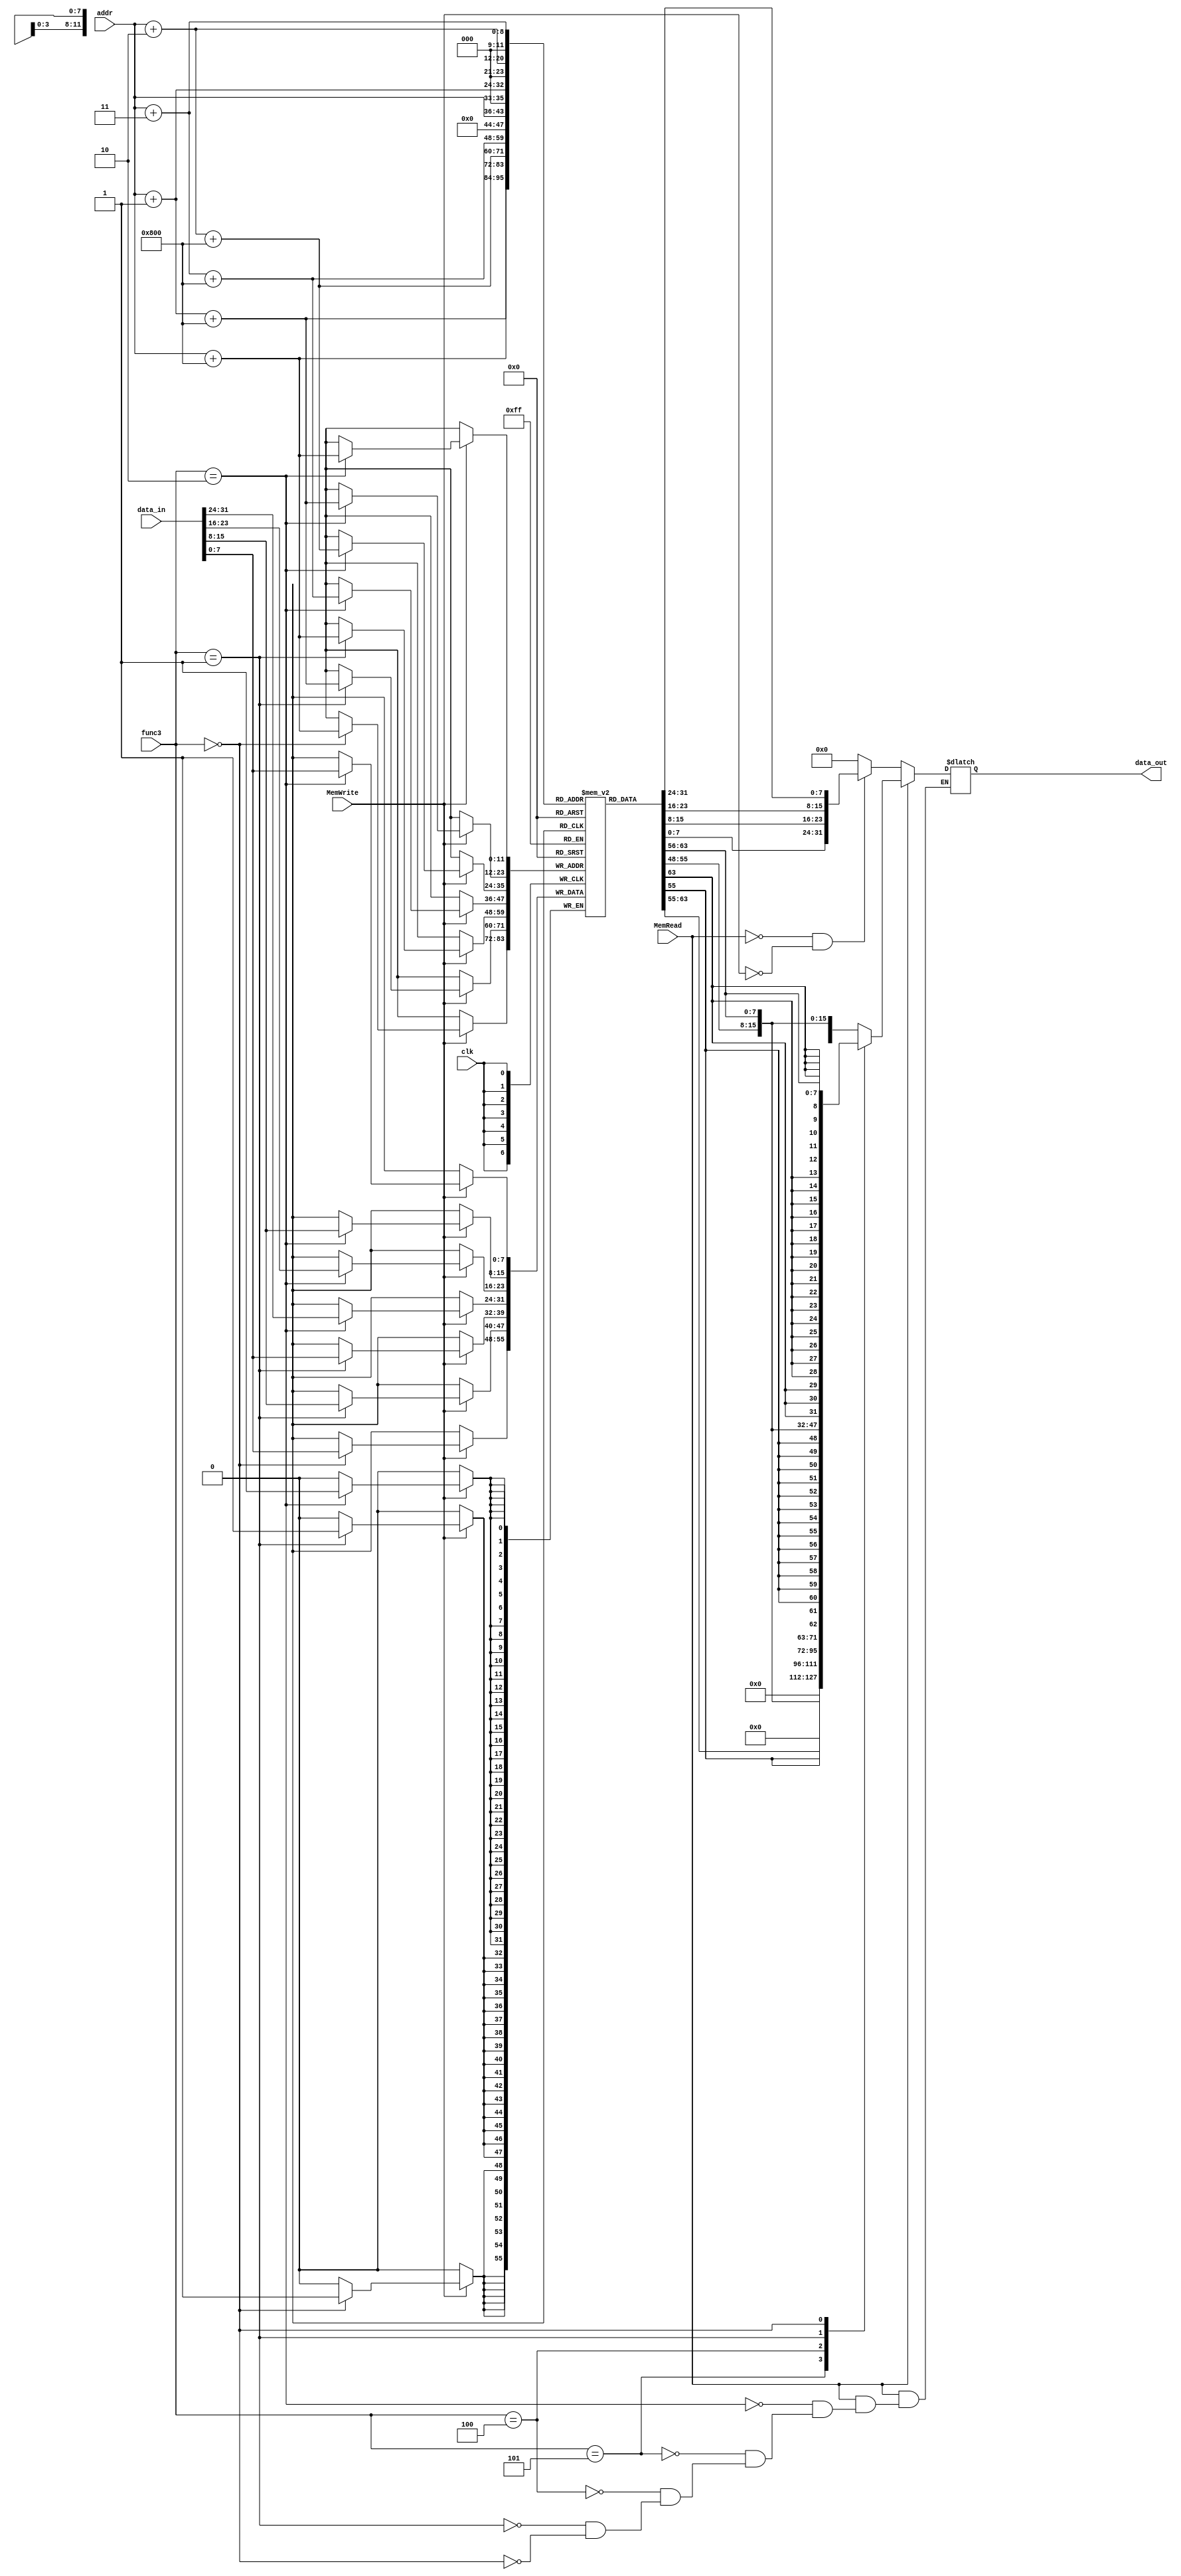
`timescale 1ns / 1ps
//////////////////////////////////////////////////////////////////////////////////
// Company: 
// Engineer: 
// 
// Design Name: 
// Module Name: Data_Memory
// Project Name: 
// Target Devices: 
// Tool Versions: 
// Description: 
// 
// Dependencies: 
// 
// Revision:
// Revision 0.01 - File Created
// Additional Comments:
// 
//////////////////////////////////////////////////////////////////////////////////


module Data_Memory (input clk, input MemRead, input MemWrite, input [7:0] addr, input [31:0] data_in, output reg [31:0] data_out , input [2:0] func3 );
    reg [7:0] mem [0:4095];
    integer i;
    initial begin
        for(i = 0; i < 4095; i = i +1)
            begin
                mem[i] = 32'd0;
            end
//            $readmemh("C:/Users/AUC/OneDrive/Desktop/MS3_Code/project_1.srcs/sources_1/new/test_instructions.hex",mem);
//            $readmemh("C:/Users/AUC/OneDrive/Desktop/MS3_Code/project_1.srcs/sources_1/new/test_data_data.hex",mem,2048);

        //         test 1 data
//         {mem[2051], mem[2050], mem[2049], mem[2048]}=32'd17;
//         {mem[2055], mem[2054], mem[2053], mem[2052]} =32'd9;
//         {mem[2059], mem[2058], mem[2057], mem[2056]}=32'd25;
        
////         test 1 instructions
//         {mem[3], mem[2], mem[1], mem[0]}=    32'b0000000_00000_00000_000_00000_0110011 ; //add x0, x0, x0//added to be skipped since PC starts with 4 after reset 
//         {mem[7], mem[6], mem[5], mem[4]}=    32'b000000000000_00000_010_00001_0000011 ; //lw x1, 0(x0) 
//         {mem[11], mem[10], mem[9], mem[8]}=  32'b000000000100_00000_010_00010_0000011 ; //lw x2, 4(x0) 
//         {mem[15], mem[14], mem[13], mem[12]}=32'b000000001000_00000_010_00011_0000011 ; //lw x3, 8(x0) 
//         {mem[19], mem[18], mem[17], mem[16]}=32'b0000000_00010_00001_110_00100_0110011 ; //or x4, x1, x2 
//         {mem[23], mem[22], mem[21], mem[20]}=32'b00000000001100100000010001100011      ; //beq x4, x3, 8
//         {mem[27], mem[26], mem[25], mem[24]}=32'b0000000_00010_00001_000_00011_0110011 ; //add x3, x1, x2 
//         {mem[31], mem[30], mem[29], mem[28]}=32'b0000000_00010_00011_000_00101_0110011 ; //add x5, x3, x2 
//         {mem[35], mem[34], mem[33], mem[32]}=32'b0000000_00101_00000_010_01100_0100011; //sw x5, 12(x0)
//         {mem[39], mem[38], mem[37], mem[36]}=32'b000000001100_00000_010_00110_0000011 ; //lw x6, 12(x0)
//         {mem[43], mem[42], mem[41], mem[40]}=32'b0000000_00001_00110_111_00111_0110011 ; //and x7, x6, x1  
//         {mem[47], mem[46], mem[45], mem[44]}=32'b0100000_00010_00001_000_01000_0110011 ; //sub x8, x1, x2 
//         {mem[51], mem[50], mem[49], mem[48]}=32'b0000000_00010_00001_000_00000_0110011 ; //add x0, x1, x2 
//         {mem[55], mem[54], mem[53], mem[52]}=32'b0000000_00001_00000_000_01001_0110011 ; //add x9, x0, x1

        // test 2 instructions
        //  {mem[3], mem[2], mem[1], mem[0]}=32'b00000000000000001001010100010111; // auipc x10, 9
        //  {mem[7], mem[6], mem[5], mem[4]}=32'b00000000000000001001010010110111; // lui x9, 9 
        //  {mem[11], mem[10], mem[9], mem[8]}=32'b00000000010001010000010110010011; // addi x11, x10, 4
        //  {mem[15], mem[14], mem[13], mem[12]}=32'b00000000000001010000011000110011; //add x12, x10, x0 
        //  {mem[19], mem[18], mem[17], mem[16]}=32'b00000000100000000000000011101111; //jal ra,8
        //  {mem[23], mem[22], mem[21], mem[20]}=32'b00000000000100000000000001110011; // ebreak 
        //  {mem[27], mem[26], mem[25], mem[24]}=32'b00001000101101010000110001100011; //beq x10, x11, 152
        //  {mem[31], mem[30], mem[29], mem[28]}=32'b00000000101101010001010001100011 ;//bne x10, x11, 8
        //  {mem[35], mem[34], mem[33], mem[32]}=32'b00000000000000000000000001110011; // ecall 
        //  {mem[39], mem[38], mem[37], mem[36]}=32'b00000011001000000000001100010011; //addi x6, x0, 50
        //  {mem[43], mem[42], mem[41], mem[40]}=32'b00000000001000110001001100010011; //slli x6, x6, 2
        //  {mem[47], mem[46], mem[45], mem[44]}=32'b00000000001000000000001110010011 ; //addi x7, x0, 2
        //  {mem[51], mem[50], mem[49], mem[48]}=32'b00000000011100000000000000100011;//sb x7, 0(x0) 
        //  {mem[55], mem[54], mem[53], mem[52]}=32'b00000000101000000001000000100011; //sh x10, 0(x0)
        //  {mem[59], mem[58], mem[57], mem[56]}=32'b00000000101000000010000000100011; // sw x10, 0(x0)
        //  {mem[63], mem[62], mem[61], mem[60]}=32'b00000000000000000000111000000011; // lb x28, 0(x0)
        //  {mem[67], mem[66], mem[65], mem[64]}=32'b00000000000000000001111010000011;//lh x29, 0(x0)
        //  {mem[71], mem[70], mem[69], mem[68]}=32'b00000000000000000010111100000011; //lw x30, 0(x0)
        //  {mem[75], mem[74], mem[73], mem[72]}=32'b00000000000000000100111110000011; //lbu x31, 0(x0)
        //  {mem[79], mem[78], mem[77], mem[76]}=32'b00000000000000000101001100000011; //lhu x6, 0(x0)
        //  {mem[83], mem[82], mem[81], mem[80]}=32'b00000110101101100101000001100011; // bge x12, x11, 96
        //  {mem[87], mem[86], mem[85], mem[84]}=32'b00000100110001011100111001100011; //blt x11, x12, 92
        //  {mem[91], mem[90], mem[89], mem[88]}=32'b00000100101101100111110001100011; //bgeu x12, x11, 88
        //  {mem[95], mem[94], mem[93], mem[92]}=32'b00000100110001011110101001100011; //bltu x11, x12, 84
        //  {mem[99], mem[98], mem[97], mem[96]}=32'b11111001110001100011001100010011; //sltiu x6, x12, -100
        //  {mem[103], mem[102], mem[101], mem[100]}=32'b00000000001100110100111000010011; //xori x28, x6, 3
        //  {mem[107], mem[106], mem[105], mem[104]}=32'b00000000010111100110111000010011; //ori x28, x28, 5
        //  {mem[111], mem[110], mem[109], mem[108]}=32'b00000000010111100111111000010011; //andi x28, x28, 5
        //  {mem[115], mem[114], mem[113], mem[112]}=32'b00000000000111100101111000010011; //srli x28, x28, 1
        //  {mem[119], mem[118], mem[117], mem[116]}=32'b00000010100011100000111000010011; //addi x28, x28, 40
        //  {mem[123], mem[122], mem[121], mem[120]}=32'b01000000001011100101111000010011; //srai x28, x28, 2
        //  {mem[127], mem[126], mem[125], mem[124]}=32'b00000000001100000000001110010011; //addi x7, x0, 3
        //  {mem[131], mem[130], mem[129], mem[128]}=32'b01000000011111100000111000110011; // sub x28, x28, x7
        //  {mem[135], mem[134], mem[133], mem[132]}=32'b00000001110011100001111000110011; //sll x28, x28, x28
        //  {mem[139], mem[138], mem[137], mem[136]}=32'b00000001110011100010111100110011; //slt x30, x28, x28
        //  {mem[143], mem[142], mem[141], mem[140]}=32'b00000000011000000000111010010011; //addi x29, x0, 6
        //  {mem[147], mem[146], mem[145], mem[144]}=32'b00000001110011101011111100110011; //sltu x30, x29, x28
        //  {mem[151], mem[150], mem[149], mem[148]}=32'b00000001110111110100111100110011; //xor x30, x30, x29
        //  {mem[155], mem[154], mem[153], mem[152]}=32'b00000000010011110001111100010011; //slli x30, x30, 4
        //  {mem[159], mem[158], mem[157], mem[156]}=32'b00000000011111110101111100110011; //srl x30, x30, x7
        //  {mem[163], mem[162], mem[161], mem[160]}=32'b01000000011111110101111100110011; //sra x30, x30, x7
        //  {mem[167], mem[166], mem[165], mem[164]}=32'b00000000011111110110111100110011; //or x30, x30, x7
        //  {mem[171], mem[170], mem[169], mem[168]}=32'b00000001110111110111111100110011; //and x30, x30, x29
        //  {mem[175], mem[174], mem[173], mem[172]}=32'b00000000000000000000000000001111;// fence
        //  {mem[179], mem[178], mem[177], mem[176]}=32'b00000000000000001000000001100111; // jalr x0, 0(x1)
        


//         test 3 instructions
//         {mem[3], mem[2], mem[1], mem[0]} = 32'b00001100100000000000010110010011; // addi x11, x0, 200
//         {mem[7], mem[6], mem[5], mem[4]} = 32'b00000000111000000000111110010011; // addi x31, x0, 14
//         {mem[11], mem[10], mem[9], mem[8]} = 32'b00000001111101011010000000100011; // sw x31, 0(x11)
//         {mem[15], mem[14], mem[13], mem[12]} = 32'b00000001010100000000111110010011; // addi x31, x0, 21
//         {mem[19], mem[18], mem[17], mem[16]} = 32'b00000001111101011010001000100011; // sw x31, 4(x11)
//         {mem[23], mem[22], mem[21], mem[20]} = 32'b11111111101100000000111110010011; // addi x31, x0, -5
//         {mem[27], mem[26], mem[25], mem[24]} = 32'b00000001111101011010010000100011; // sw x31, 8(x11)
//         {mem[31], mem[30], mem[29], mem[28]} = 32'b00000000011100000000111110010011; // addi x31, x0, 7
//         {mem[35], mem[34], mem[33], mem[32]} = 32'b00000001111101011010011000100011; // sw x31, 12(x11)
//         {mem[39], mem[38], mem[37], mem[36]} = 32'b00000000010000000000011000010011; // addi x12, x0, 4
//         {mem[43], mem[42], mem[41], mem[40]} = 32'b00000000100000000000000011101111; // jal x1, 8
//         {mem[47], mem[46], mem[45], mem[44]} = 32'b00000000000100000000000001110011; // Ebreak
//         {mem[51], mem[50], mem[49], mem[48]} = 32'b00000000000001011010010100000011; // lw x10, 0(x11)
//         {mem[55], mem[54], mem[53], mem[52]} = 32'b00000000000000000000001100010011; // addi x6, x0, 0
//         {mem[59], mem[58], mem[57], mem[56]} = 32'b00000000001000110001001110010011; // slli x7, x6, 2
//         {mem[63], mem[62], mem[61], mem[60]} = 32'b00000000101100111000001110110011; // add x7, x7, x11
//         {mem[67], mem[66], mem[65], mem[64]} = 32'b00000000000000111010001110000011; // lw x7, 0(x7)
//         {mem[71], mem[70], mem[69], mem[68]} = 32'b00000000011101010101010001100011; // bge x10, x7, 8
//         {mem[75], mem[74], mem[73], mem[72]} = 32'b00000000000000111000010100010011; // addi x10, x7, 0
//         {mem[79], mem[78], mem[77], mem[76]} = 32'b00000000000100110000001100010011; // addi x6, x6, 1
//         {mem[83], mem[82], mem[81], mem[80]} = 32'b11111110110000110100010011100011; // blt x6, x12, -24
//         {mem[87], mem[86], mem[85], mem[84]} = 32'b00000000000000001000000001100111; // jalr x0, 0(x1)

        
//         test 4 instructions
//       {mem[3], mem[2], mem[1], mem[0]}=32'b00000000000000100000000010110111; // lui x1, 32
//       {mem[7], mem[6], mem[5], mem[4]}=32'b11111111111111101001000100110111; // lui x2, -23
//       {mem[11], mem[10], mem[9], mem[8]}=32'b00000010001000001000000110110011; // mul x3, x1, x2
//       {mem[15], mem[14], mem[13], mem[12]}=32'b00000010001000001001001000110011; // mulh x4, x1, x2
//       {mem[19], mem[18], mem[17], mem[16]}=32'b00000010001000001010001010110011;//mulhsu x5 , x1, x2
//       {mem[23], mem[22], mem[21], mem[20]}=32'b00000010000100010010001100110011; //mulhsu x6 , x2, x1
//       {mem[27], mem[26], mem[25], mem[24]}=32'b00000010001000001011001110110011; //mulhu  x7, x1, x2
//       {mem[31], mem[30], mem[29], mem[28]}=32'b00000010001000001100010000110011; //div    x8, x1, x2
//       {mem[35], mem[34], mem[33], mem[32]}=32'b00000010000100010100010010110011;//div    x9, x2, x1
//       {mem[39], mem[38], mem[37], mem[36]}=32'b00000010001000001101010100110011;//divu   x10, x1, x2
//       {mem[43], mem[42], mem[41], mem[40]}=32'b00000010000100010101010110110011;//divu   x11, x2, x1
//       {mem[47], mem[46], mem[45], mem[44]}=32'b00000010001000001110011000110011; //rem    x12, x1, x2
//       {mem[51], mem[50], mem[49], mem[48]}=32'b00000010000100010110011010110011; //rem    x13, x2, x1
//       {mem[55], mem[54], mem[53], mem[52]}=32'b00000010001000001111011100110011; //remu   x14, x1, x2
//       {mem[59], mem[58], mem[57], mem[56]}=32'b00000010000100010111011110110011;//remu   x15, x2, x1

    end
    
    always@(posedge clk)
         begin
            if(MemWrite == 1)
                case(func3)
                    3'b010:  
                        begin
                            {mem[addr + 3 + 2048], mem[addr + 2 + 2048], mem[addr + 1 + 2048], mem[addr + 2048]} = data_in;
                        end 
                    3'b001:  
                        begin
                            {mem[addr + 1 + 2048], mem[addr + 2048]} = data_in[15:0];
                        end
                    3'b000:  
                        begin
                            mem[addr + 2048] = data_in[7:0];
                        end  
                endcase
         end
    
    always@(*)
        begin
            if(MemRead == 1)
                case(func3)
                    3'b010:  
                        begin
                            data_out = {mem[addr + 3 + 2048], mem[addr + 2 + 2048], mem[addr + 1 + 2048], mem[addr + 2048]};
                        end 
                    3'b101:  
                        begin
                            data_out = {mem[addr + 1 + 2048], mem[addr + 2048]};
                        end
                    3'b100:  
                        begin
                            data_out = mem[addr + 2048];
                        end 
                    3'b001:  
                        begin
                            data_out = $signed({mem[addr + 1 + 2048], mem[addr + 2048]});
                        end   
                    3'b000:
                        begin
                            data_out = $signed(mem[addr + 2048]);
                        end 
                endcase
            else if(MemRead == 0 && MemWrite == 0)
                begin
                    data_out = {mem[addr + 3], mem[addr + 2], mem[addr + 1], mem[addr]};
                end
            else
                begin
                    data_out = 0;
                end
        end
endmodule